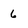
Character: 6